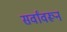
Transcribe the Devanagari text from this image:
सर्वांवरून